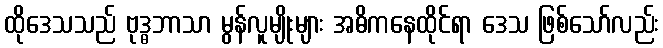
ထိုဒေသသည် ဗုဒ္ဓဘာသာ မွန်လူမျိုးများ အဓိကနေထိုင်ရာ ဒေသ ဖြစ်သော်လည်း